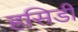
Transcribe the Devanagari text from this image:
हसिडी